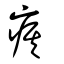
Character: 𤷍